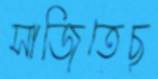
সাজিতেছ